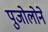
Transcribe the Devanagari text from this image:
पुजोलोने